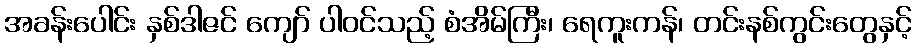
အခန်းပေါင်း နှစ်ဒါဇင် ကျော် ပါဝင်သည့် စံအိမ်ကြီး၊ ရေကူးကန်၊ တင်းနစ်ကွင်းတွေနှင့်